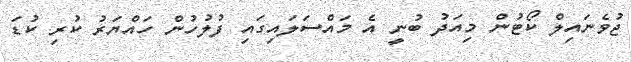
ޖުވެނައިލް ކޯޓުން މިއަދު ބުނީ އެ މައްސަލައިގައި ފުލުހުން ހައްޔަރު ކުރި ކުޑަ